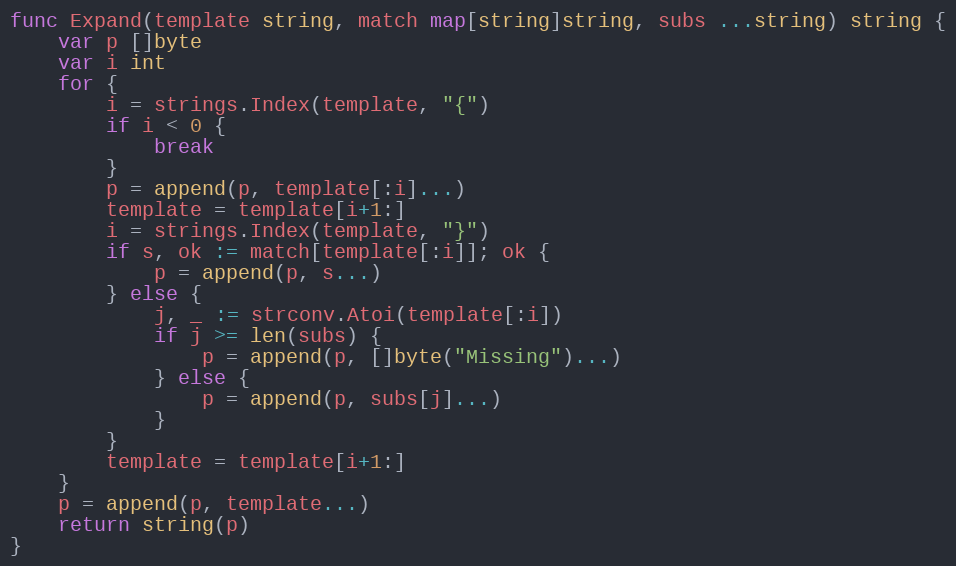
Language: Go
func Expand(template string, match map[string]string, subs ...string) string {
	var p []byte
	var i int
	for {
		i = strings.Index(template, "{")
		if i < 0 {
			break
		}
		p = append(p, template[:i]...)
		template = template[i+1:]
		i = strings.Index(template, "}")
		if s, ok := match[template[:i]]; ok {
			p = append(p, s...)
		} else {
			j, _ := strconv.Atoi(template[:i])
			if j >= len(subs) {
				p = append(p, []byte("Missing")...)
			} else {
				p = append(p, subs[j]...)
			}
		}
		template = template[i+1:]
	}
	p = append(p, template...)
	return string(p)
}